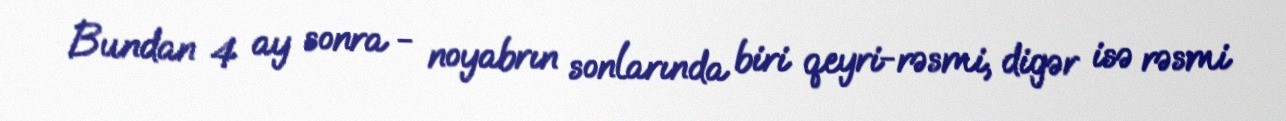
Bundan 4 ay sonra - noyabrın sonlarında biri qeyri-rəsmi, digər isə rəsmi